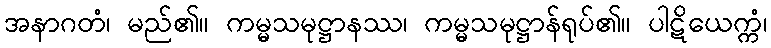
အနာဂတံ၊ မည်၏။ ကမ္မသမုဋ္ဌာနဿ၊ ကမ္မသမုဋ္ဌာန်ရုပ်၏။ ပါဋိယေက္ကံ၊